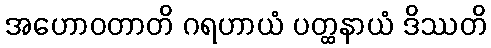
အဟောဝတာတိ ဂရဟာယံ ပတ္ထနာယံ ဒိဿတိ